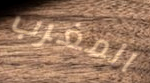
المغرب